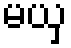
မယှ